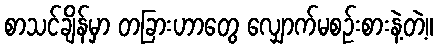
စာသင်ချိန်မှာ တခြားဟာတွေ လျှောက်မစဉ်းစားနဲ့တဲ့။